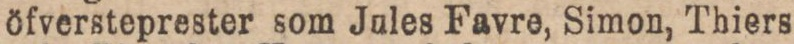
öfversteprester som Jules Favre, Simon, Thiers